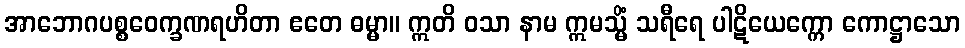
အာဘောဂပစ္စဝေက္ခဏရဟိတာ ဧတေ ဓမ္မာ။ ဣတိ ဝသာ နာမ ဣမသ္မိံ သရီရေ ပါဋိယေက္ကော ကောဋ္ဌာသော